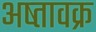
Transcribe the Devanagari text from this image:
अष्तावक्र